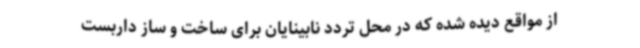
از مواقع دیده شده که در محل تردد نابینایان برای ساخت و ساز داربست